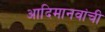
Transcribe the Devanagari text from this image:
आदिमानवांची